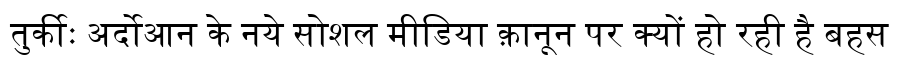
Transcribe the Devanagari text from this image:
तुर्कीः अर्दोआन के नये सोशल मीडिया क़ानून पर क्यों हो रही है बहस